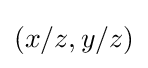
(x/z,y/z)